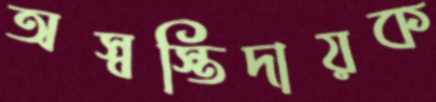
অস্বস্তিদায়ক